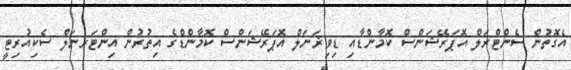
އެގޮތުން ސެންޓްރަލް އޮޕަރޭޝަންސް ކޮމާންޑާއި ޑިވިޜަނަލް އޮޕަރޭޝަންސް ކޮމާންޑްގެ އިތުރުން އިންޓަރނަލް ސެކިއުރިޓީ